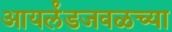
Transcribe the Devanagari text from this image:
आयर्लंडजवळच्या